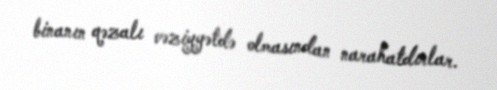
binanın qəzalı vəziyyətdə olmasından narahatdırlar.